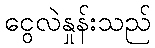
ငွေလဲနှုန်းသည်